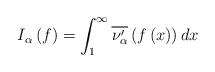
LaTeX: \begin{align*}I_{\alpha }\left( f\right) =\int_{1}^{\infty }\overline{\nu _{\alpha}^{\prime }}\left( f\left( x\right) \right) dx \end{align*}